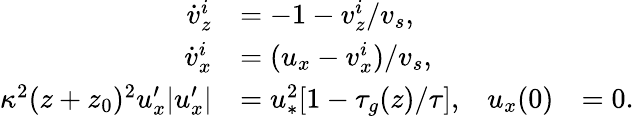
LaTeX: \begin{array}{rlrl}{\dot{v}_{z}^{i}}&{=-1-v_{z}^{i}/v_{s},}\\ {\dot{v}_{x}^{i}}&{=(u_{x}-v_{x}^{i})/v_{s},}\\ {\kappa^{2}(z+z_{0})^{2}u_{x}^{\prime}|u_{x}^{\prime}|}&{=u_{\ast}^{2}[1-\tau_{g}(z)/\tau],}&{u_{x}(0)}&{=0.}\end{array}